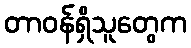
တာဝန်ရှိသူတွေက